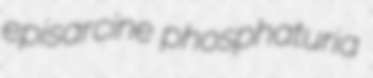
episarcine phosphaturia